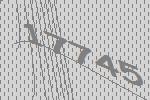
17745